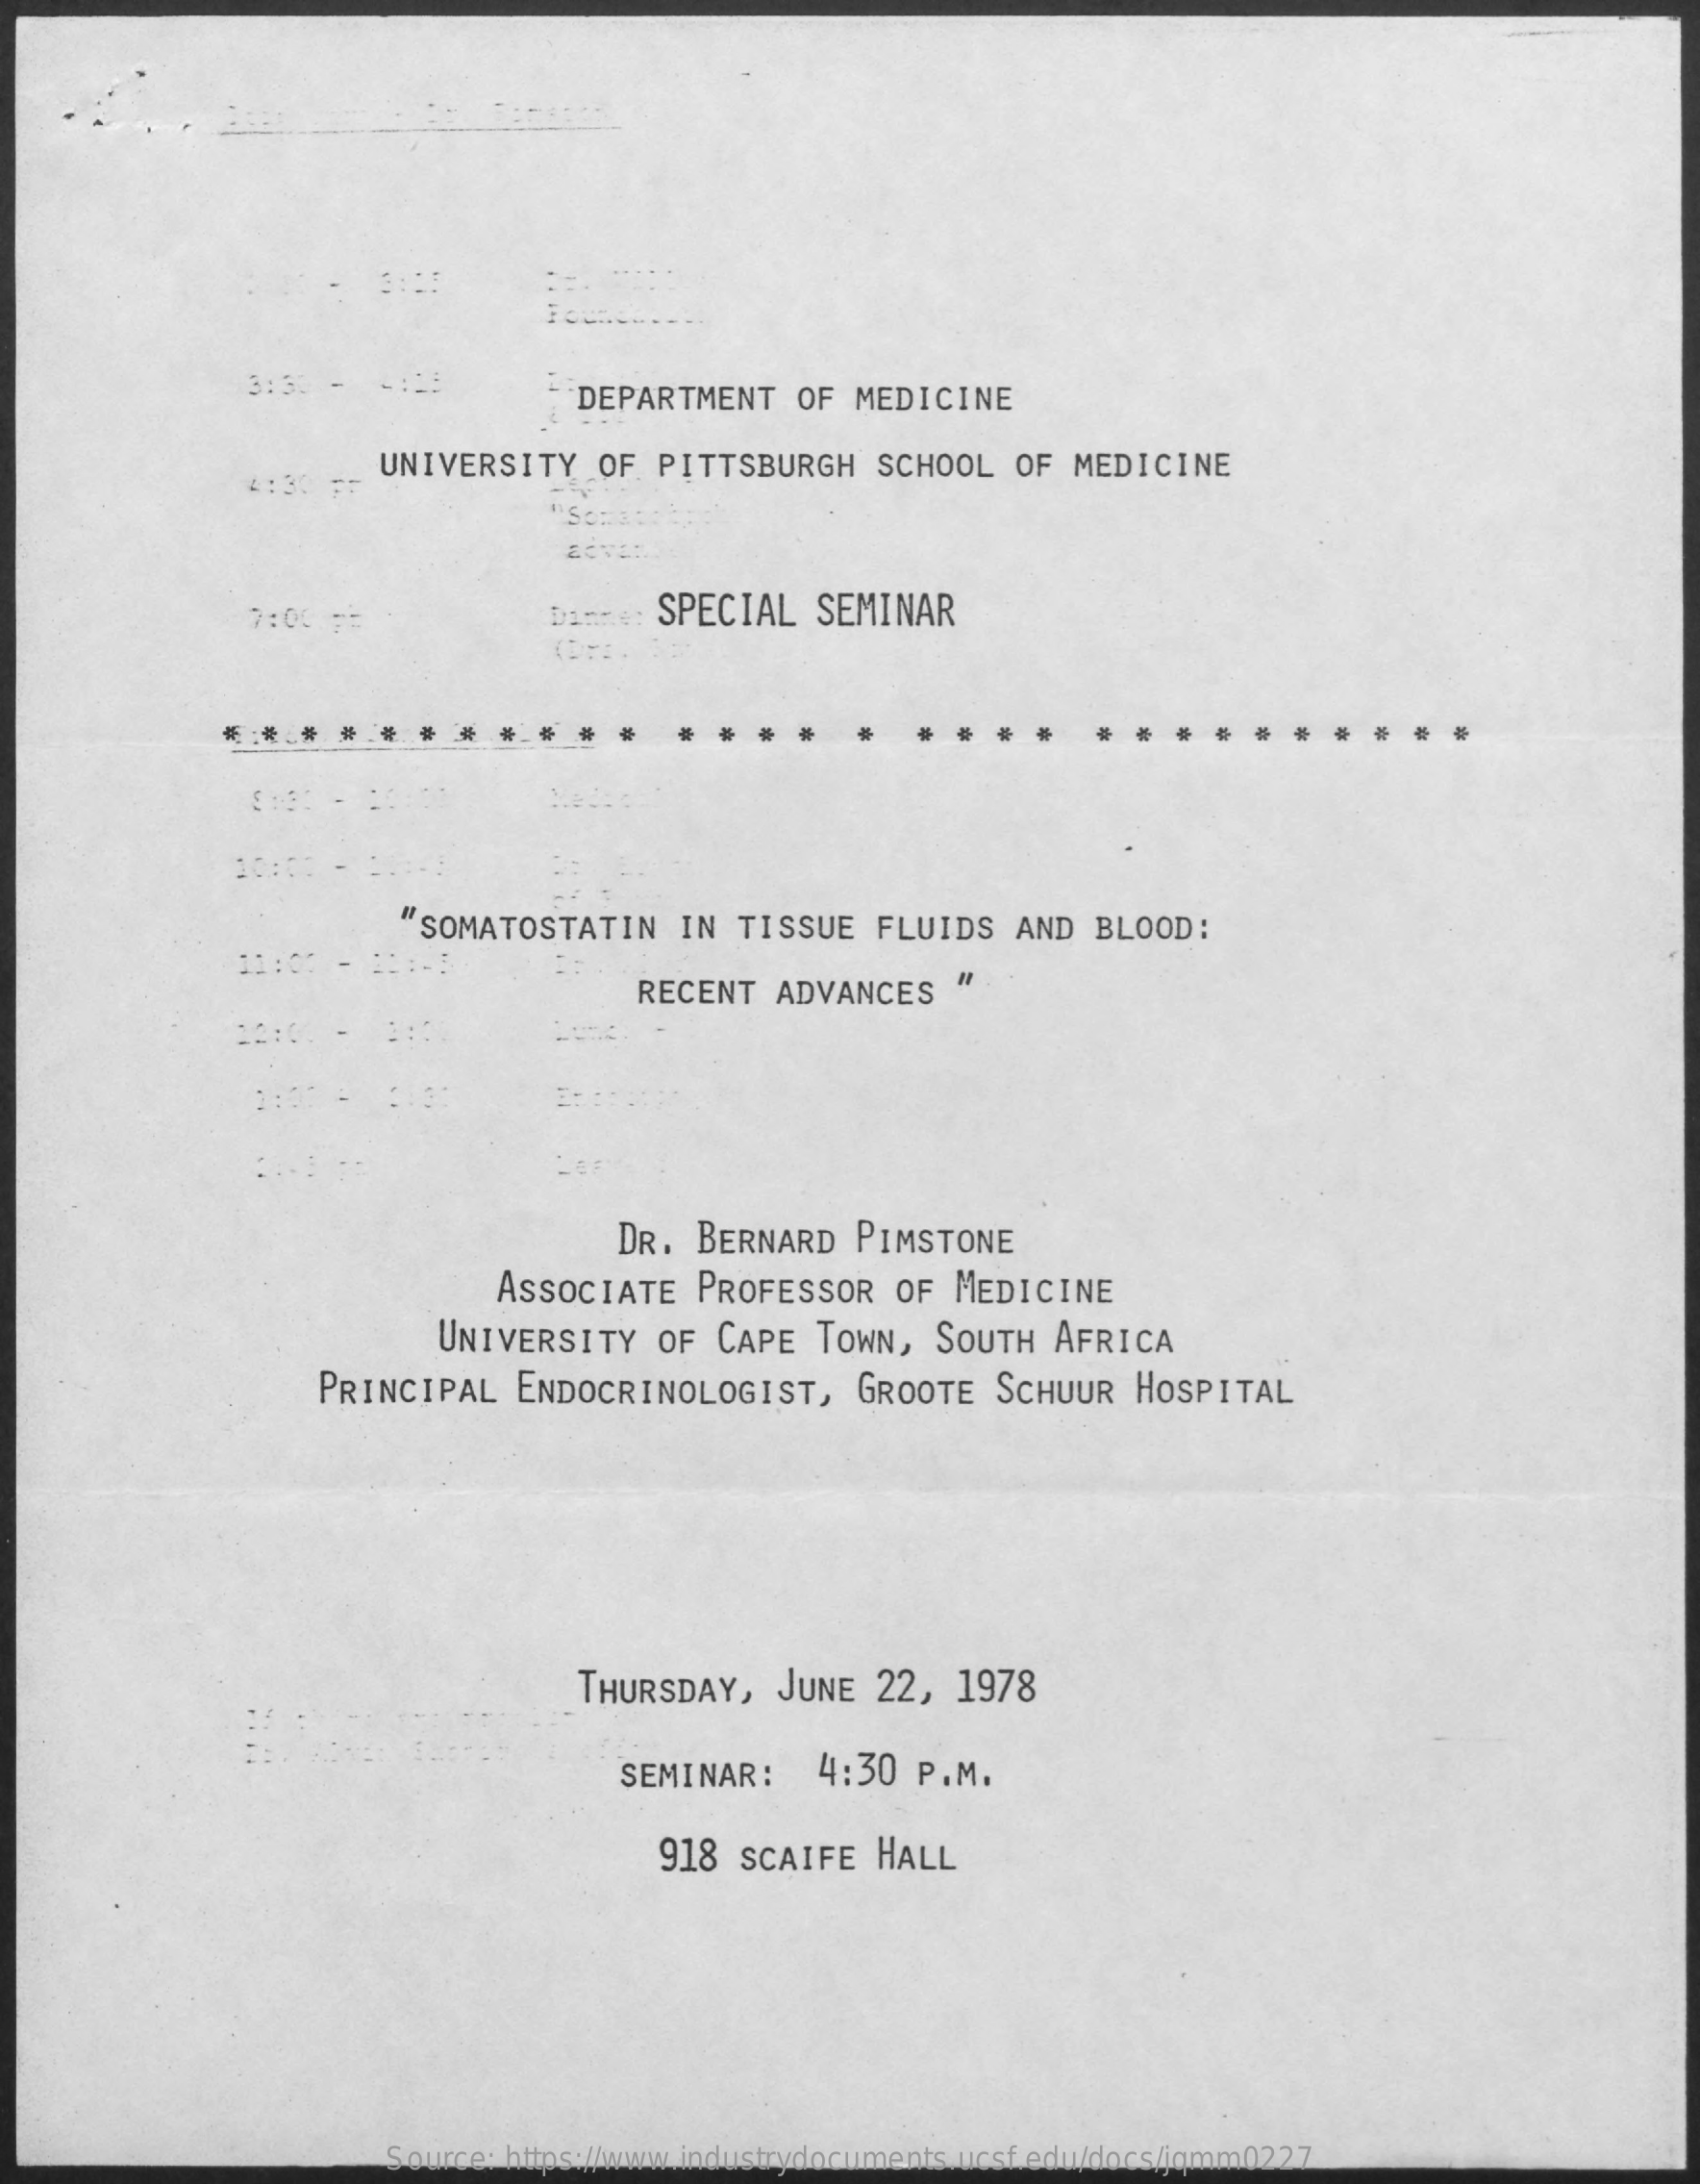
3:30 -    DEPARTMENT    OF MEDICINE
     4:30 FF
     UNIVERSITY    OF  PITTSBURGH    SCHOOL   OF MEDICINE
     7:00 p=    SPECIAL   SEMINAR
     ! :
     "SOMATOSTATIN    IN  TISSUE   FLUIDS   AND  BLOOD:
     RECENT  ADVANCES
     DR. BERNARD   PIMSTONE
     ASSOCIATE   PROFESSOR    OF  MEDICINE
     UNIVERSITY    OF CAPE   TOWN,  SOUTH   AFRICA
     PRINCIPAL   ENDOCRINOLOGIST,    GROOTE   SCHUUR  HOSPITAL
     THURSDAY,   JUNE   22,  1978
     SEMINAR:    4:30  P.M.
     918  SCAIFE   HALL
     Source: https://www.industrydocuments.ucsf.edu/docs/jqmm0227